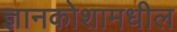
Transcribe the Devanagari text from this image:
ज्ञानकोशामधील